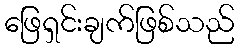
ဖြေရှင်းချက်ဖြစ်သည်